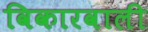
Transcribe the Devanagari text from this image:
विकारवाली